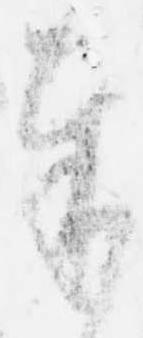
奉